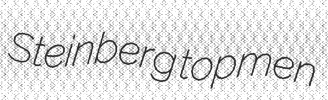
Steinberg topmen